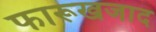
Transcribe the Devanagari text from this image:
फारूखजाद